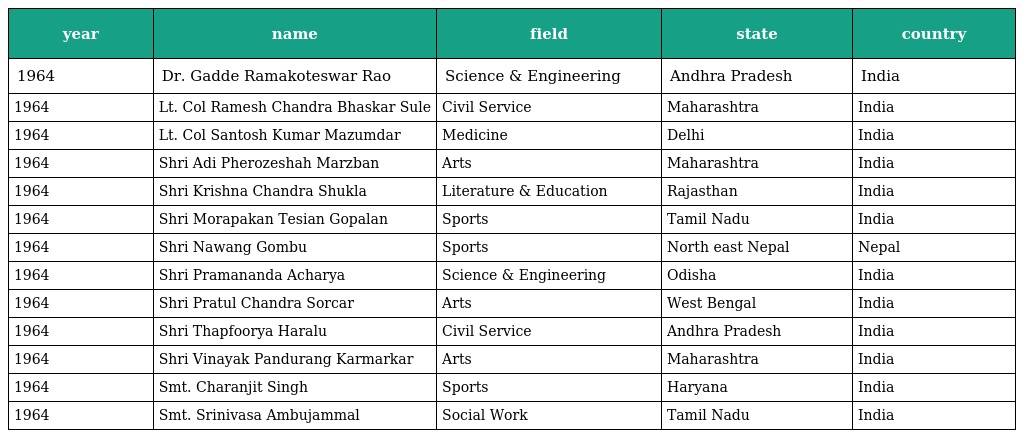
| year | name | field | state | country |
 | --- | --- | --- | --- | --- |
 | 1964 | Dr. Gadde Ramakoteswar Rao | Science & Engineering | Andhra Pradesh | India |
 | 1964 | Lt. Col Ramesh Chandra Bhaskar Sule | Civil Service | Maharashtra | India |
 | 1964 | Lt. Col Santosh Kumar Mazumdar | Medicine | Delhi | India |
 | 1964 | Shri Adi Pherozeshah Marzban | Arts | Maharashtra | India |
 | 1964 | Shri Krishna Chandra Shukla | Literature & Education | Rajasthan | India |
 | 1964 | Shri Morapakan Tesian Gopalan | Sports | Tamil Nadu | India |
 | 1964 | Shri Nawang Gombu | Sports | North east Nepal | Nepal |
 | 1964 | Shri Pramananda Acharya | Science & Engineering | Odisha | India |
 | 1964 | Shri Pratul Chandra Sorcar | Arts | West Bengal | India |
 | 1964 | Shri Thapfoorya Haralu | Civil Service | Andhra Pradesh | India |
 | 1964 | Shri Vinayak Pandurang Karmarkar | Arts | Maharashtra | India |
 | 1964 | Smt. Charanjit Singh | Sports | Haryana | India |
 | 1964 | Smt. Srinivasa Ambujammal | Social Work | Tamil Nadu | India |